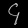
Digit: ၄